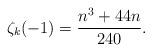
LaTeX: \begin{align*}\zeta_{k}(-1)=\dfrac{n^3+44n}{240}.\end{align*}